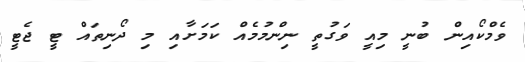
ވެމްކޯއިން ބުނީ މިއީ ވަގުތީ ނިންމުމެއް ކަމަށާއި މި ދޯނިތައް ޓީ ޖެޓީ